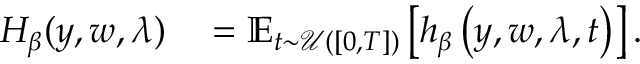
\begin{array} { r l } { H _ { \beta } ( y , w , \lambda ) } & { { } = \operatorname { \mathbb { E } } _ { t \sim \mathcal { U } ( [ 0 , T ] ) } \left[ h _ { \beta } \left( y , w , \lambda , t \right) \right] . } \end{array}